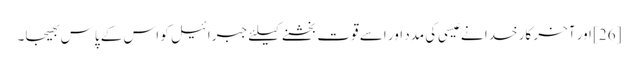
[26] اور آخر کار خدا نے عیسی کی مدد اور اسے قوت بخشنے کیلئے جبرائیل کو اس کے پاس بھیجا۔